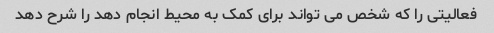
فعالیتی را که شخص می تواند برای کمک به محیط انجام دهد را شرح دهد